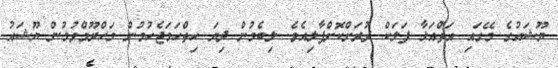
ޔޫޝައުގެ މޭގައި އަތްއަޅާ ފަލަކް ދުރަށްކޮށްޕާލިއެވެ. ލިބެމުން ދިޔަ ހިތްހަމަޖެހުމުން މަހްރޫމްވުމުން ޔޫޝައު